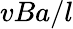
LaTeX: vBa/l